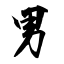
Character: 男